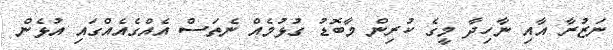
ނަޒުރާ އާއި ނާހިދާ މީގެ ކުރިން މާބޮޑު ގުޅުމެއް ނެތަސް އެއްގެއެއްގައި އުޅެން